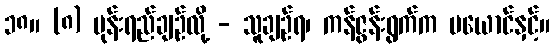
၁၈။ (၈) ပုန်းရည်ချဉ်လို့ - သူချဉ်ရ၊ ကန်ဇွန်းရွက်က မယောင်နှင့်။